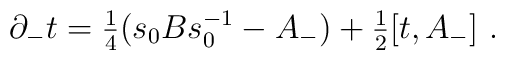
\partial_-t = {\textstyle{\frac14}}(s_0Bs_0^ {-1}-A_-)    +{\textstyle{\frac12}}[t,A_-]\  .